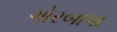
ગોરબાપા